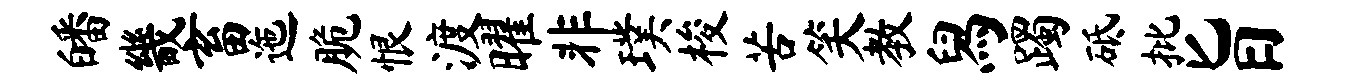
皤畿畜迤脆恨渡曜非璞梭苦笑教舄躅砥批旨